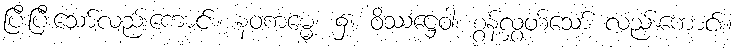
ပြီးပြီးသော်လည်းကောင်း။ နဝကမ္မေ၊ ၌။ ဝိဿဋ္ဌေဝါ၊ စွန့်လွှတ်သော် လည်းကောင်း။